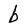
Character: b